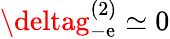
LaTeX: \deltag_{-\mathrm{e}}^{(2)}\simeq0